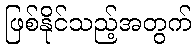
ဖြစ်နိုင်သည့်အတွက်